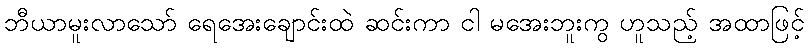
ဘီယာမူးလာသော် ရေအေးချောင်းထဲ ဆင်းကာ ငါ မအေးဘူးကွ ဟူသည့် အထာဖြင့်